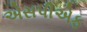
એસપીએફ